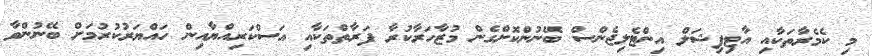
މި ކެމެރާތަކާއި އާޓިފިޝަލް އިންޓެލިޖެންސް ބޭނުންކޮށްގެން މުޒާހަރާކުރާ ފަރާތްތަކާއި އަސްކަރިއްޔާއިން ހައްޔަރުކުރުމަށް ބޭނުންވާ